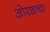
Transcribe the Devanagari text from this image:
ओरछाचा